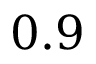
0 . 9